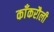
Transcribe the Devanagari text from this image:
काँकरौली